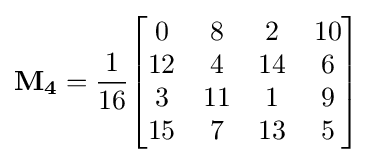
\mathbf {M_{4}} ={\frac {1}{16}}{\begin{bmatrix}0&8&2&10\\12&4&14&6\\3&11&1&9\\15&7&13&5\\\end{bmatrix}}